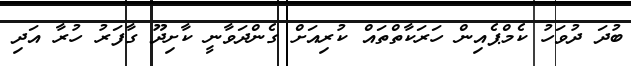
ބުދަ ދުވަހު ކެމްޕެއިން ހަރަކާތްތައް ކުރިއަށް ގެންދަވާނީ ކާށިދޫ ގާފަރު ހުރާ އަދި